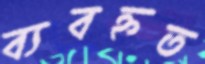
ব্যবহ্নত